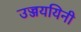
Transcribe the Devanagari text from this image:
उज्जययिनी